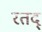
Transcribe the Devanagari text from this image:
रतद्